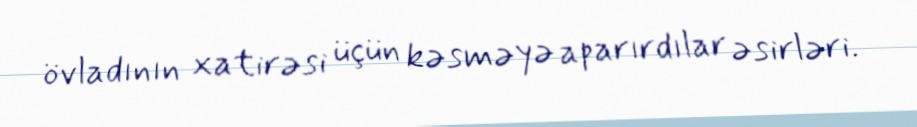
övladının xatirəsi üçün kəsməyə aparırdılar əsirləri.